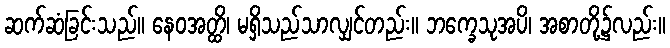
ဆက်ဆံခြင်းသည်။ နေဝအတ္ထိ၊ မရှိသည်သာလျှင်တည်း။ ဘက္ခေသုအပိ၊ အစာတို့၌လည်း။